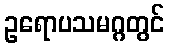
ဥရောပသမဂ္ဂတွင်